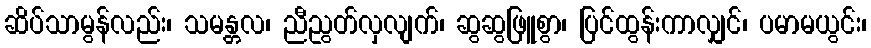
ဆိပ်သာမွန်လည်း၊ သမန္တလ၊ ညီညွတ်လှလျက်၊ ဆွဆွဖြူစွာ၊ ပြင်ထွန်းကာလျှင်၊ ပမာမယွင်း၊